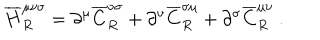
{ \overline { { H } } } _ { R } ^ { \mu \nu \sigma } = \partial ^ { \mu } { \overline { { C } } } _ { R } ^ { \nu \sigma } + \partial ^ { \nu } { \overline { { C } } } _ { R } ^ { \sigma \mu } + \partial ^ { \sigma } { \overline { { C } } } _ { R } ^ { \mu \nu } ~ .